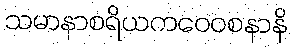
သမာနာစရိယကဝေဝစနာနိ